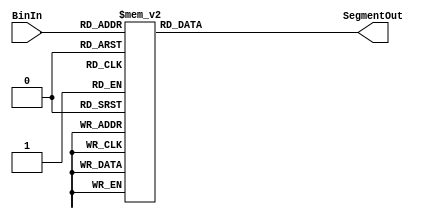
`timescale 1ns / 1ps
//////////////////////////////////////////////////////////////////////////////////
// Company: 
// Engineer: 
// 
// Design Name: 
// Module Name:    DisplayController 
// Project Name: 
// Target Devices: 
// Tool versions: 
// Description: 
//
// Dependencies: 
//
// Revision: 
// Revision 0.01 - File Created
// Additional Comments: 
//
//////////////////////////////////////////////////////////////////////////////////
module DisplayController(
    input [3:0] BinIn,
    output reg [6:0] SegmentOut
    );
	 
	 always@(*)
	 begin
		case(BinIn)
			0: SegmentOut = 7'b1111110;
			1: SegmentOut = 7'b0110000;
			2: SegmentOut = 7'b1101101;
			3: SegmentOut = 7'b1111001;
			4: SegmentOut = 7'b0110011;
			5: SegmentOut = 7'b1011011;
			6: SegmentOut = 7'b1011111;
			7: SegmentOut = 7'b1110000;
			8: SegmentOut = 7'b1111111;
			9: SegmentOut = 7'b1110011;
			10: SegmentOut = 7'b1110111;
			11: SegmentOut = 7'b0011111;
			12: SegmentOut = 7'b1001110;
			13: SegmentOut = 7'b0111101;
			14: SegmentOut = 7'b1001111;
			15: SegmentOut = 7'b1000111;
		endcase
	 end


endmodule